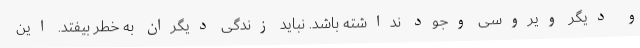
و دیگر ویروسی وجود نداشته باشد. نباید زندگی دیگران به خطر بیفتد. این